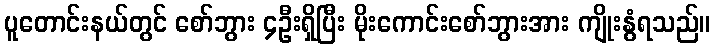
ပူတောင်းနယ်တွင် စော်ဘွား ၄ဦးရှိပြီး မိုးကောင်းစော်ဘွားအား ကျိုးနွံရသည်။